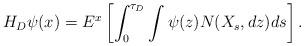
LaTeX: \begin{align*}H_D\psi(x)=E^x \left[\int_0^{\tau_D}\int \psi(z)N(X_s,dz)ds\right].\end{align*}